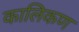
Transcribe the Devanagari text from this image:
कालिकण